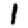
Digit: 1